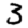
Digit: 3